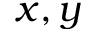
x , y